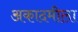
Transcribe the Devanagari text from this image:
अकादमीला